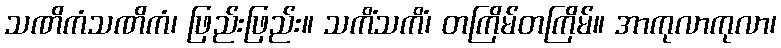
သဏိကံသဏိကံ၊ ဖြည်းဖြည်း။ သကိံသကိံ၊ တကြိမ်တကြိမ်။ အာကုလာကုလာ၊